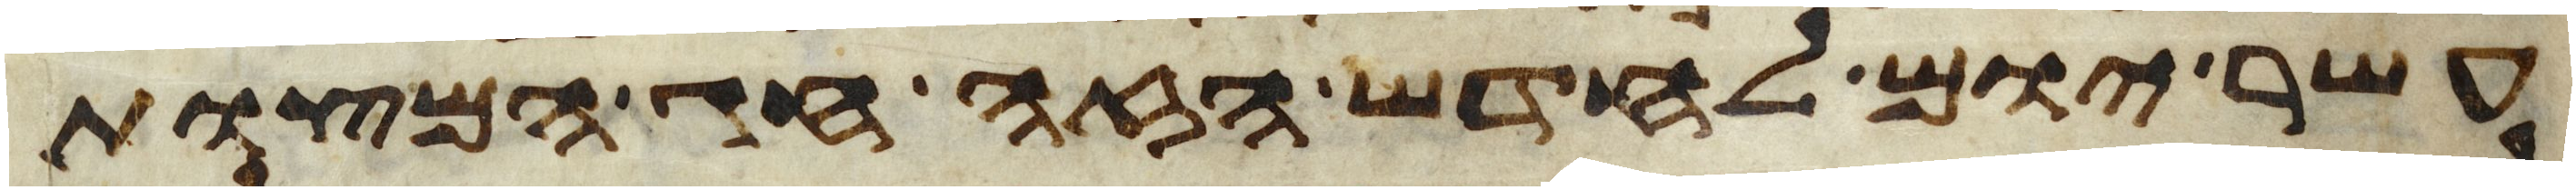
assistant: עשר יום לחדש הזה חג המצות